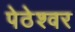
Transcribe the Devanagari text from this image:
पेठेश्वर